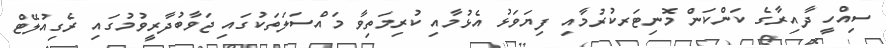
ސިއްހީ ދާއިރާގެ ކަންކަން މޮނިޓަރކުރުމާއި ފިޔަވަޅު އެޅުމާއި ކުރިމަތިވާ މައްސަލަތަކުގައި ޖަވާބުދާރީވުމުގައި ރެގިއުލޭޓް